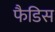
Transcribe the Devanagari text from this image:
फैडिस